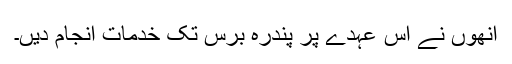
انھوں نے اس عہدے پر پندرہ برس تک خدمات انجام دیں۔